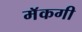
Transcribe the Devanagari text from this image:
मॅकगी